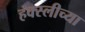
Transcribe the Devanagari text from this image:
हक्स्लीच्या